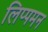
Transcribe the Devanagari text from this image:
लिप्पमन